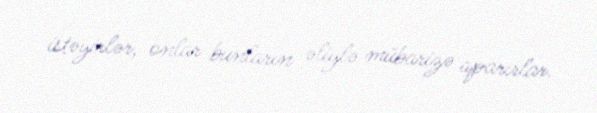
istəyirlər, onlar bunların əliylə mübarizə aparırlar.